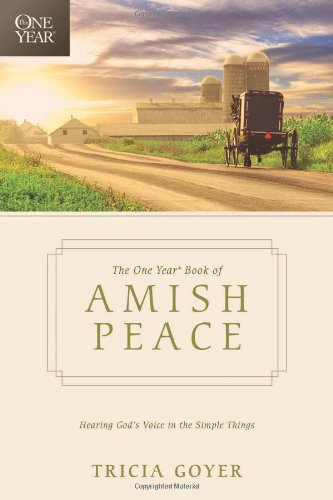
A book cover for The One Year Book of Amish Peace: Hearing God's Voice in the Simple Things; Tricia Goyer; Christian Books & Bibles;